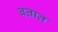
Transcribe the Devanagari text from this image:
बतात